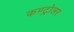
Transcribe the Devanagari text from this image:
कण्ट्रोलर